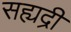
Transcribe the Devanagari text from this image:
सह्यद्री